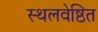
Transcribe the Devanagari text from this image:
स्थलवेष्ठित